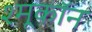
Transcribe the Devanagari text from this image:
श्मूकॉन